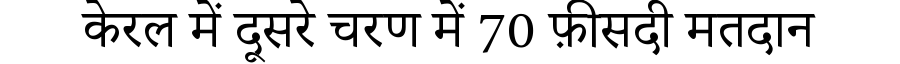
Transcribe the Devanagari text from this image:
केरल में दूसरे चरण में 70 फ़ीसदी मतदान